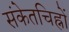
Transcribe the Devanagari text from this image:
संकेतचिह्नों